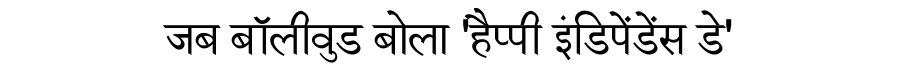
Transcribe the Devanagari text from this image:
जब बॉलीवुड बोला 'हैप्पी इंडिपेंडेंस डे'